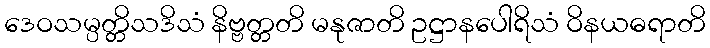
ဒေဝသမ္ပတ္တိသဒိသံ နိဗ္ဗတ္တတိ မနုဇာတိ ဥဋ္ဌာနပေါရိသံ ဝိနယဓရာတိ